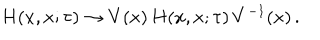
LaTeX: H ( x , x ; \tau ) \to V ( x ) \, H ( x , x ; \tau ) \, V ^ { - 1 } ( x ) \, .